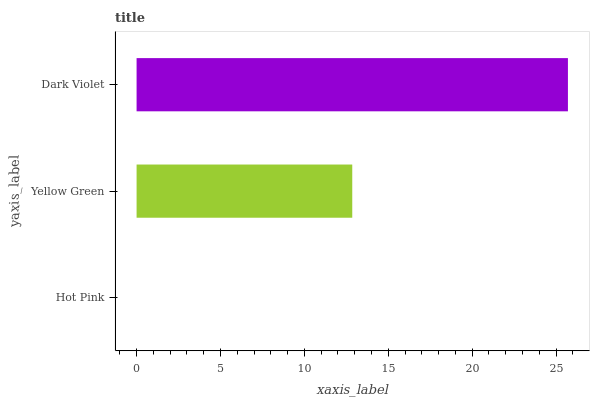
| yaxis_label | bars |
 | --- | --- |
 | Hot Pink | 0 |
 | Yellow Green | 12.9 |
 | Dark Violet | 25.7 |